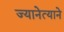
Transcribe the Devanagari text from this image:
ज्यानेत्याने